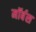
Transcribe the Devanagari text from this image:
मॉर्बस